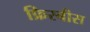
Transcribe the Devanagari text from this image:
फ्रिस्बीस